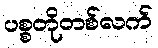
ပစ္စတိုတစ်လက်